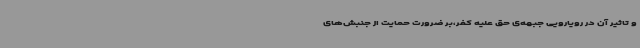
و تاثیر آن در رویارویی جبهه‌ی حق علیه کفر،بر ضرورت حمایت از جنبش‌های